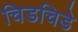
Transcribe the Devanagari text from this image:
चिडचिडे